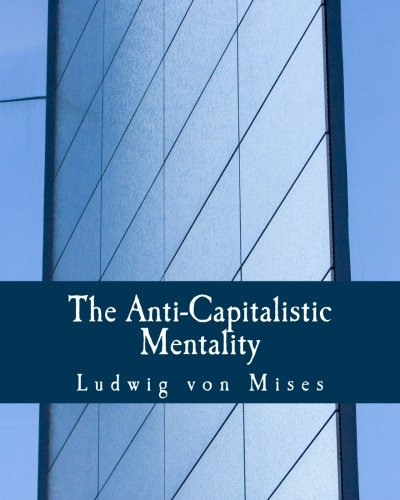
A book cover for The Anti-Capitalistic Mentality (Large Print Edition); Ludwig von Mises; Business & Money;